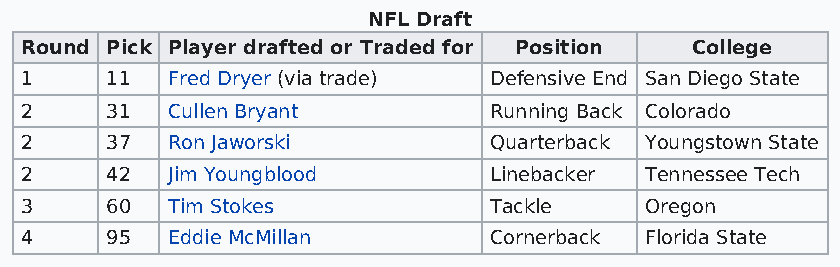
NFL Draft
 Round Pick Player drafted or Traded for Position College
 1     11  Fred Dryer (via trade) Defensive End San Diego State
 2     31  Cullen Bryant        Running Back Colorado
 2     37  Ron Jaworski         Quarterback Youngstown State
 2     42  Jim Youngblood       Linebacker Tennessee Tech
 3     60  Tim Stokes           Tackle     Oregon
 4     95  Eddie McMillan       Cornerback Florida State